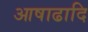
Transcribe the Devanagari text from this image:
आषाढादि